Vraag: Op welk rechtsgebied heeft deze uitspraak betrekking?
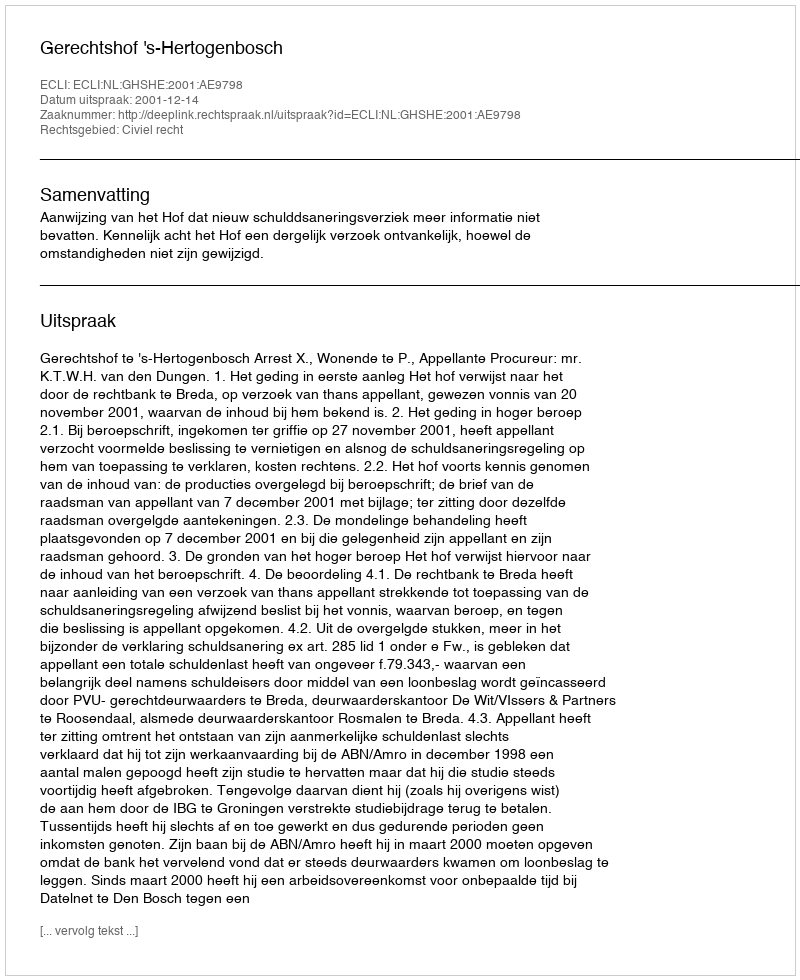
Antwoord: Civiel recht